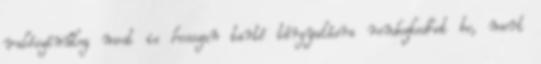
valószínűleg most is hosszan tartó tárgyalásra rendezkedhet be, mert